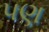
પણ